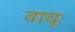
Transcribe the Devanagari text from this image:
वायुः